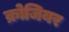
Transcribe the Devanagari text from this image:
क्रोजियर